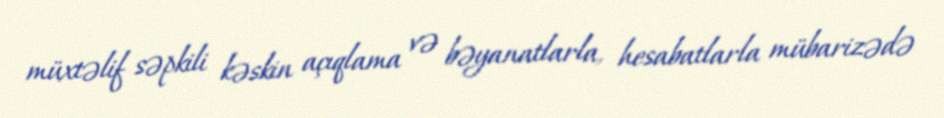
müxtəlif səpkili kəskin açıqlama və bəyanatlarla, hesabatlarla mübarizədə